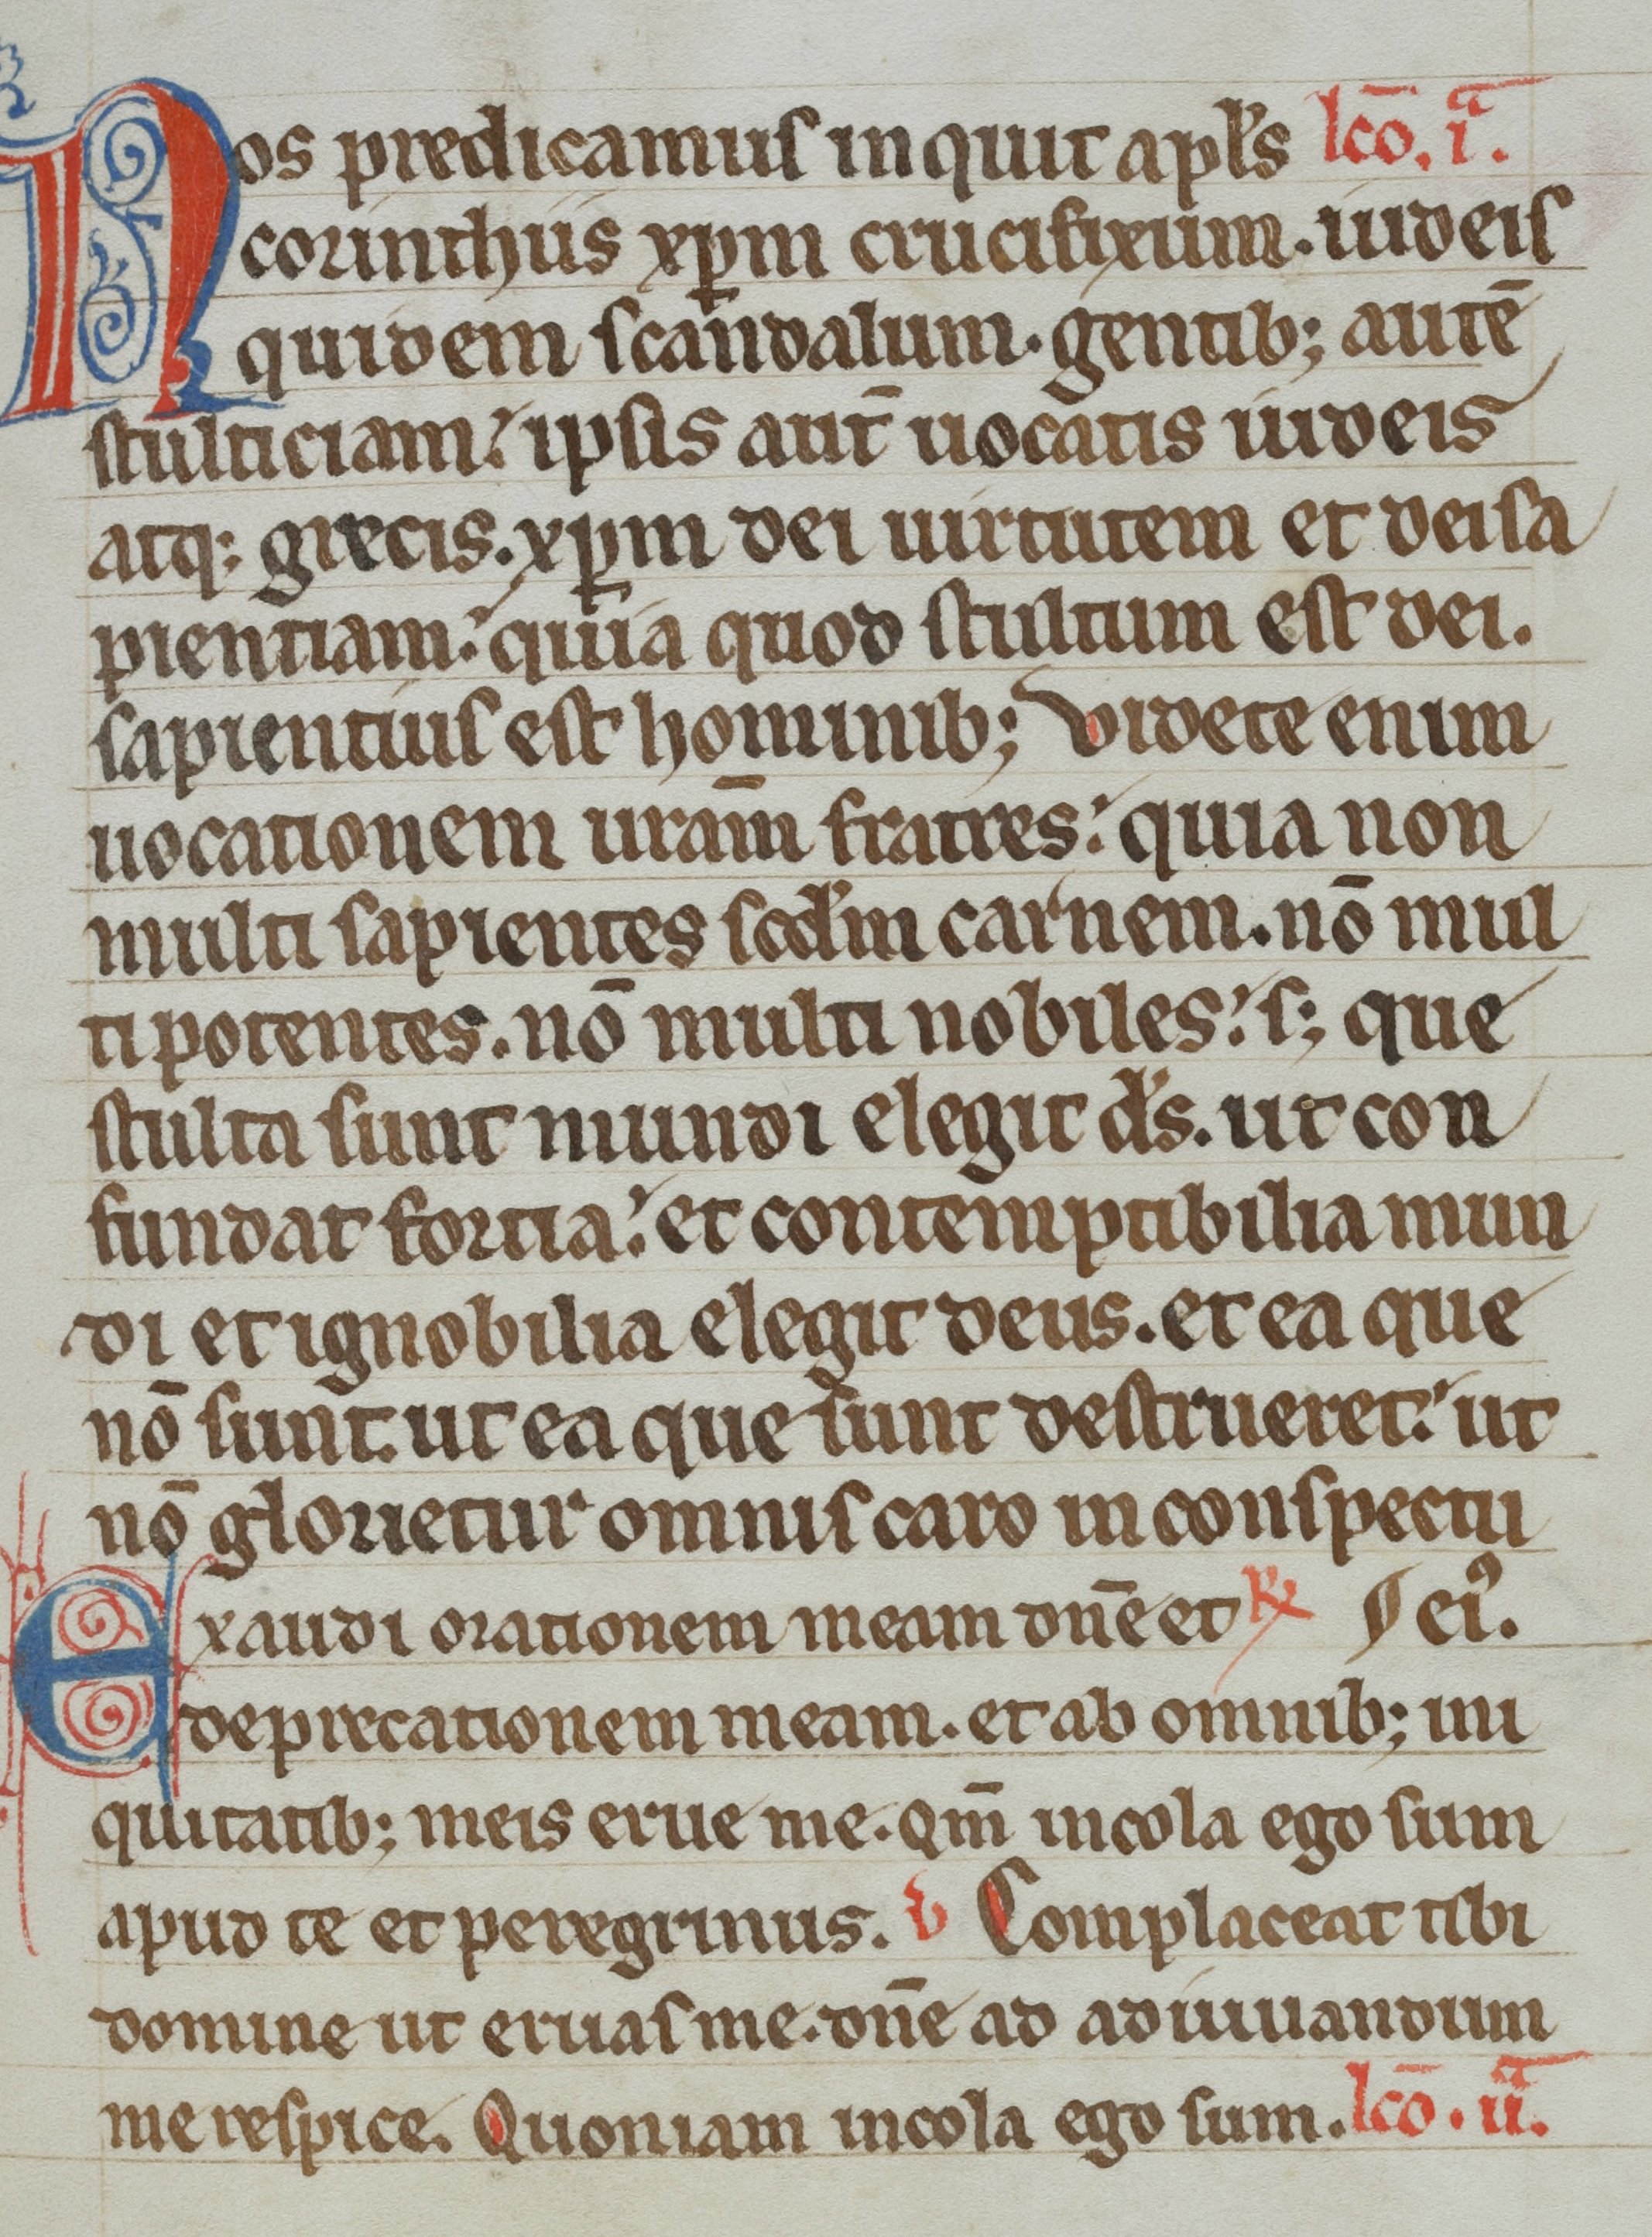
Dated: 1300–1399